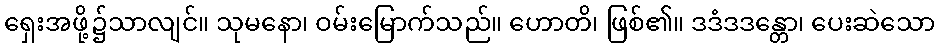
ရှေးအဖို့၌သာလျင်။ သုမနော၊ ဝမ်းမြောက်သည်။ ဟောတိ၊ ဖြစ်၏။ ဒဒံဒဒန္တော၊ ပေးဆဲသော